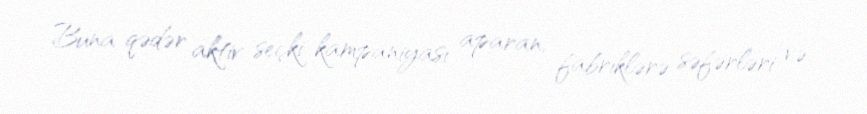
Buna qədər aktiv seçki kampaniyası aparan, fabriklərə səfərləri və